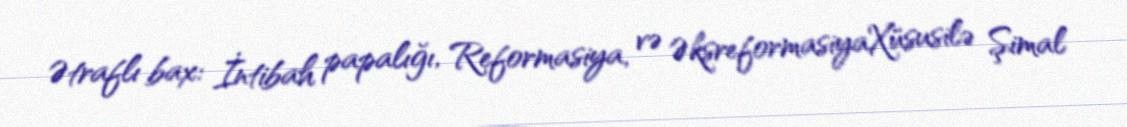
Ətraflı bax: İntibah papalığı, Reformasiya, və ƏksreformasiyaXüsusilə Şimal